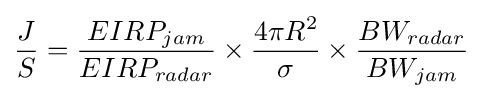
{\frac {J}{S}}={\frac {EIRP_{jam}}{EIRP_{radar}}}\times {\frac {4\pi R^{2}}{\sigma }}\times {\frac {BW_{radar}}{BW_{jam}}}